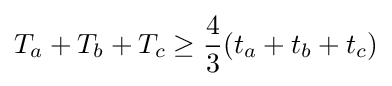
T_{a}+T_{b}+T_{c}\geq {\frac {4}{3}}(t_{a}+t_{b}+t_{c})